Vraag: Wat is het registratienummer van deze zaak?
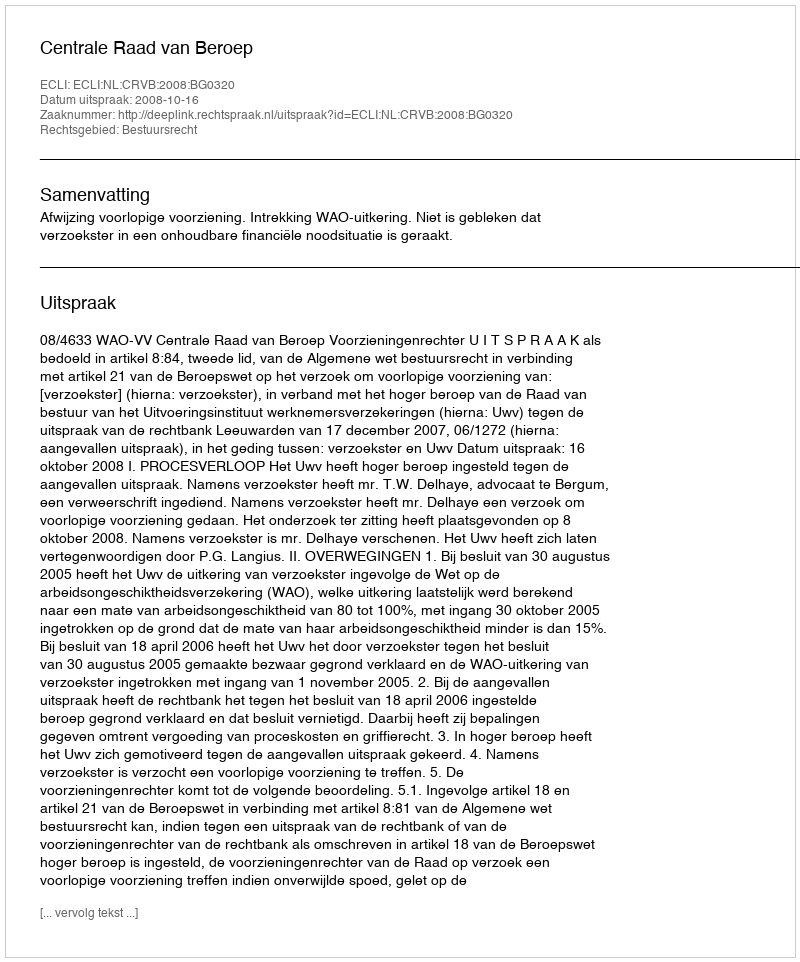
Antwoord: http://deeplink.rechtspraak.nl/uitspraak?id=ECLI:NL:CRVB:2008:BG0320